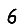
Digit: 6